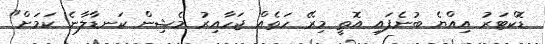
ޑޮކްޓަރު އިއްޔެ ބުނެފައި އޮތީ މިރޭ ހަތެއް ޖަހާއިރު މެޝިން ކަނޑާލާނެ ކަމަށް"